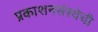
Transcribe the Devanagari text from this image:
प्रकाशनसंस्थेची